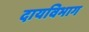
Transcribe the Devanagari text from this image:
दायविभाग